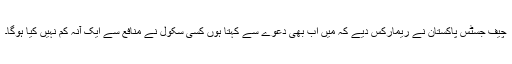
چیف جسٹس پاکستان نے ریمارکس دیے کہ میں اب بھی دعوے سے کہتا ہوں کسی سکول نے منافع سے ایک آنہ کم نہیں کیا ہوگا۔